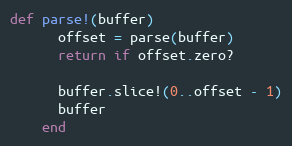
Language: Ruby
def parse!(buffer)
      offset = parse(buffer)
      return if offset.zero?

      buffer.slice!(0..offset - 1)
      buffer
    end